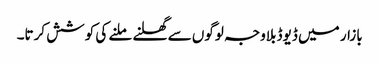
بازار میں ڈیوڈ بلاوجہ لوگوں سے گھلنے ملنے کی کوشش کرتا۔